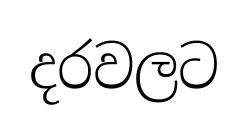
දරවලට